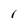
Character: l